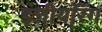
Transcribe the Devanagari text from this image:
इंजीयरिंग